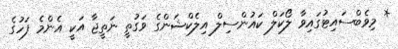
* މިވެބްސައިޓުގައިވާ ލޯކަލް ކައުންސިލް އިލެކްޝަންގެ ވަގުތީ ނަތީޖާ އަކީ އެންމެ ފަހުގެ